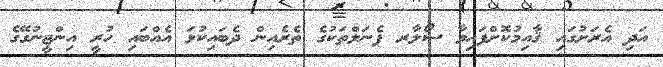
އަދި އެރަށުގައި ޤާއިމުކޮށްފައިވާ ސޯލާރ ޕެނަލްތަކުގެ ތެރެއިން ދެބައިކުޅަ އެއްބައި ހުރީ އިންޖީނުގޭގެ